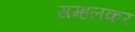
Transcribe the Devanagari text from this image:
सम्हलकर